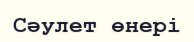
Сәулет өнері